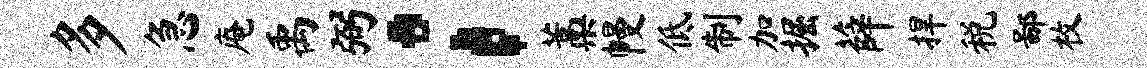
多急庵禹弼；藁幔低制加掘薛捍税鄙枚